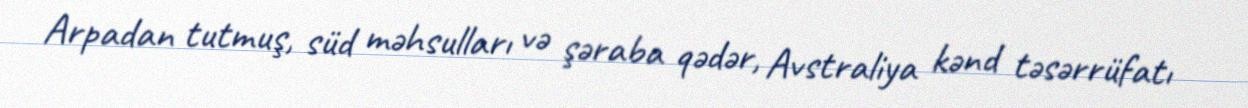
Arpadan tutmuş, süd məhsulları və şəraba qədər, Avstraliya kənd təsərrüfatı